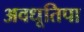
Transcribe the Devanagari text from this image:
अवधूतिपा